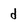
Character: d